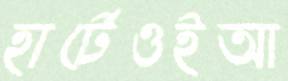
হার্টেওইআ